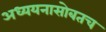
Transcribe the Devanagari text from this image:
अध्ययनासोबतच